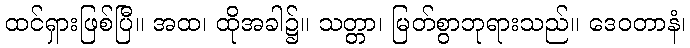
ထင်ရှားဖြစ်ပြီ။ အထ၊ ထိုအခါ၌။ သတ္တာ၊ မြတ်စွာဘုရားသည်။ ဒေဝတာနံ၊